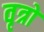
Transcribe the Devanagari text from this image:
वृत्रो